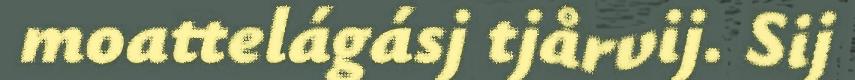
moattelágásj tjårvij. Sij